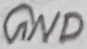
Text: GND